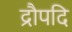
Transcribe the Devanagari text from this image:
द्रौपदि